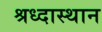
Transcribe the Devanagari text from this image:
श्रध्दास्थान